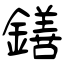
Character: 鐥